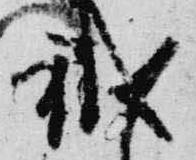
職